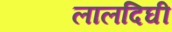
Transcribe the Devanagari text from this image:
लालदिघी